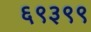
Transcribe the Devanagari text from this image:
६९३९९